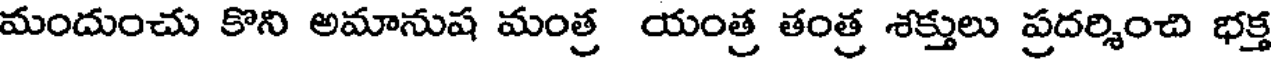
మందుంచు కొని అమానుష మంత్ర యంత్ర తంత్ర శక్తులు ప్రదర్శించి భక్త